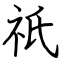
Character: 祇